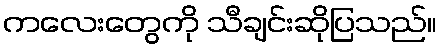
ကလေးတွေကို သီချင်းဆိုပြသည်။